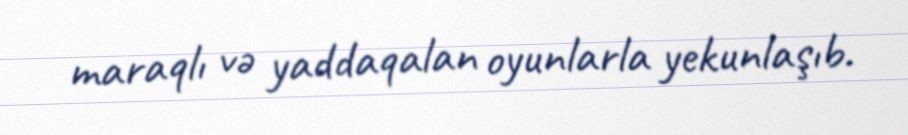
maraqlı və yaddaqalan oyunlarla yekunlaşıb.